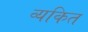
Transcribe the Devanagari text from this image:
व्‍यकित